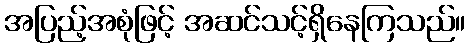
အပြည့်အစုံဖြင့် အဆင်သင့်ရှိနေကြသည်။